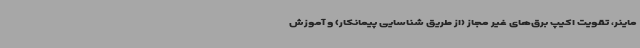
ماینر، تقویت اکیپ برق‌های غیر مجاز (از طریق شناسایی پیمانکار) و آموزش